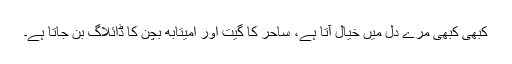
کبھی کبھی مرے دل میں خیال آتا ہے، ساحر کا گیت اور امیتابھ بچن کا ڈائلاگ بن جاتا ہے۔